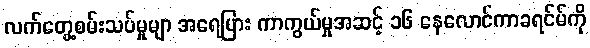
လက်တွေ့စမ်းသပ်မှုမျာ အရေပြား ကာကွယ်မှုအဆင့် ၁၆ နေလောင်ကာခရင်မ်ကို